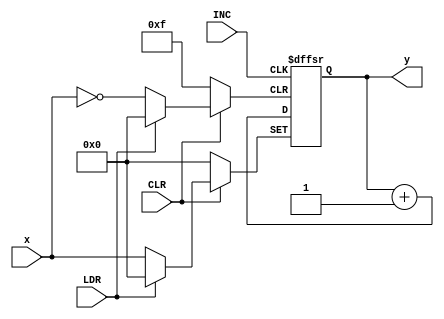
//Rolando Rosales 1001850424 - HW8 P3 parameterized 4-bit binary up counter

module upcounter #(parameter N = 4) (
	input INC, CLR, LDR,
	input [N-1:0] x,
	output reg [N-1:0] y);
	always @ (negedge INC, negedge CLR, negedge LDR)
		if (CLR == 1'b0) y <= 0;
			else if (LDR == 1'b0) y <= x;
			else if (INC == 1'b0) y <= y + 1'b1;
endmodule